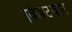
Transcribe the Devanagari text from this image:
किश्टवार